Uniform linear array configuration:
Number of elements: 12
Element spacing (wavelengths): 0.75
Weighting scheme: blackman
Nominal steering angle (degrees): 60
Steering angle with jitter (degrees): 59.877
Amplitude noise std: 0.05
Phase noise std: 0.05

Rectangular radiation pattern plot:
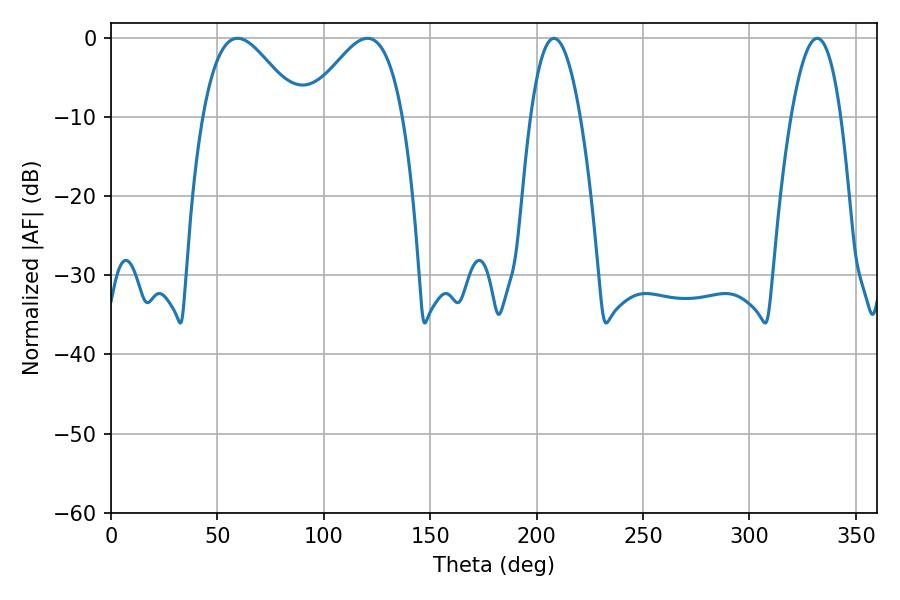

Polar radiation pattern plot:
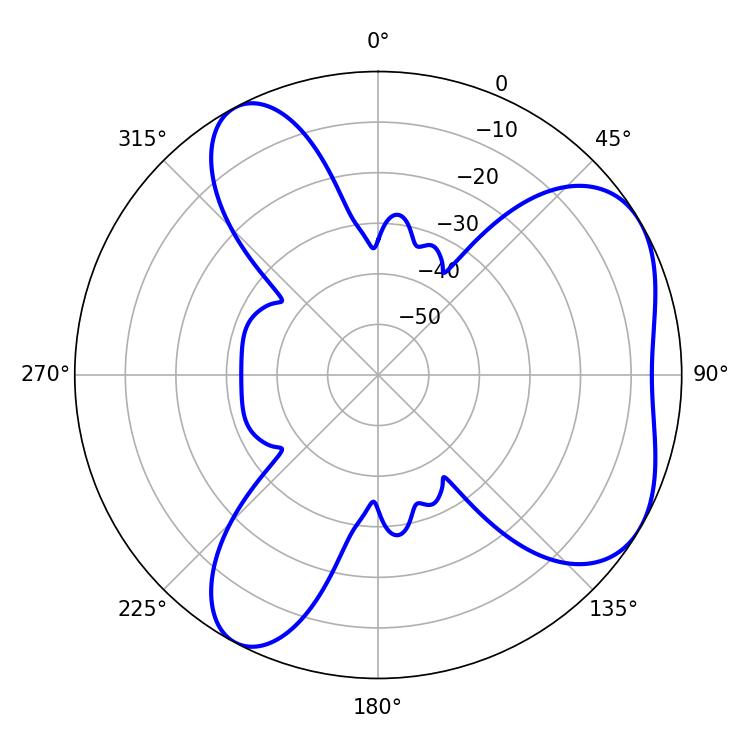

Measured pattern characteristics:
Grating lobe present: TRUE
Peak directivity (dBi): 5.24
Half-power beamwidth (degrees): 24.3
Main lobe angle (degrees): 59.4